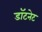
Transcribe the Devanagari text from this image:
डॉटनेट